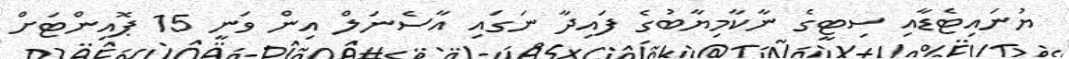
ޔުނައިޓެޑާއި ސިޓީގެ ނާކާމިޔާބުގެ ފައިދާ ނަގައި އާސެނަލް އިން ވަނީ 15 ޕޮއިންޓަށް